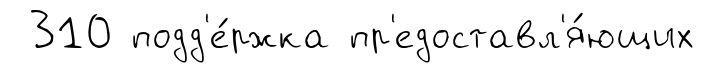
310 подд'е́ржка пр'едоставл'я́ющих